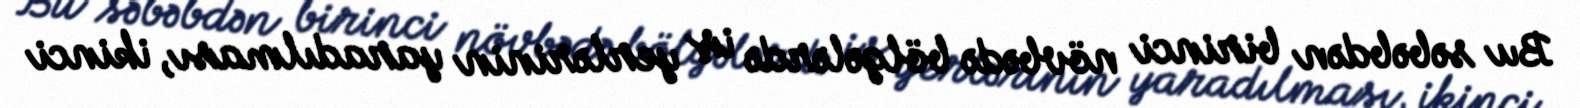
Bu səbəbdən birinci növbədə bölgələrdə iş yerlərinin yaradılması, ikinci